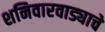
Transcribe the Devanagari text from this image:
शनिवारवाड्याचे